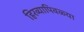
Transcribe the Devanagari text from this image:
हिरव्यापिवळ्या